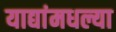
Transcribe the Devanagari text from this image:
याद्यांमधल्या